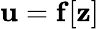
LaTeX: \mathbf{u}=\mathbf{f}[\mathbf{z}]